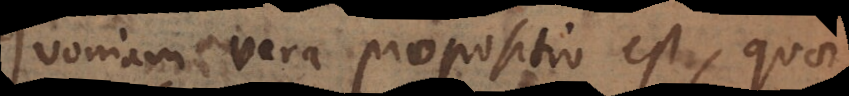
Quoniam vera propositio est, quae